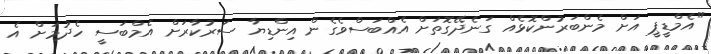
"އެމްޑީޕީ އަށް މެންބަރުންކޮޅެއް ގަނެދޭގޮތަށް އެއްބަސްވެގެން އިންޑިޔާ ސަރުކާރަށް އެމްބަސީ ހެދުމަށް އެ